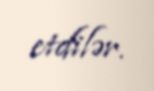
etdilər.